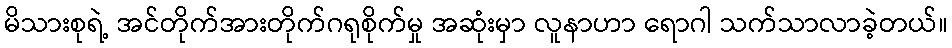
မိသားစုရဲ့ အင်တိုက်အားတိုက်ဂရုစိုက်မှု အဆုံးမှာ လူနာဟာ ရောဂါ သက်သာလာခဲ့တယ်။